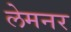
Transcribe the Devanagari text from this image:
लेमनर